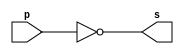
// Exemplo0021 - BASE
// Nome: Lucas Porto Lopes
// Matricula 451408

//test number system

module notg1 (output [7:0] s ,input [7:0] p);

assign s = ~(p);

endmodule

module testnotg1; 
	reg [7:0] a;
	wire[7:0] s;

	notg1 NOT1 (s, a);
	
initial begin:start 
	
	a= 8'b1001_1010;
	
end

initial begin
	$display("Exercicio06 - Lucas Porto Lopes - 451408");
	$display("Test number system");
	
	#1
	$display("%b = %7b", a, s);
	
end
endmodule